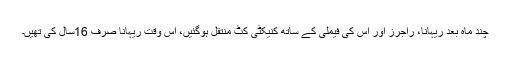
چند ماہ بعد ریہانا، راجرز اور اس کی فیملی کے ساتھ کنیکٹی کٹ منتقل ہوگئیں، اس وقت ریہانا صرف 16سال کی تھیں۔